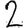
Digit: 2